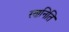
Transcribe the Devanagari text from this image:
रणनिति